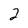
Character: 2